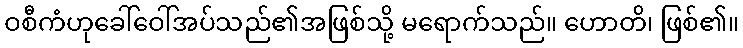
ဝစီကံဟုခေါ်ဝေါ်အပ်သည်၏အဖြစ်သို့ မရောက်သည်။ ဟောတိ၊ ဖြစ်၏။